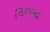
નિરપવાદ